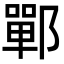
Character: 鄲